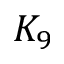
K _ { 9 }